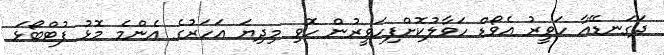
ދަގަނޑޭއާ ހަވީރު އެވޯޑް ހަވާލުކޮށްފިހަވީރުން ހޮވި މިދިޔަ އަހަރުގެ އެންމެ މޮޅު ފުޓްބޯޅަ